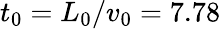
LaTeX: t_{0}=L_{0}/v_{0}=7.78